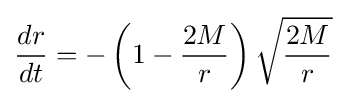
{\frac {dr}{dt}}=-\left(1-{\frac {2M}{r}}\right){\sqrt {\frac {2M}{r}}}